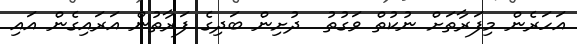
އަހަރެން މިފަރާތަށް ނުކުތް ވަގުތު  ދުށިން ބަދިގެ ފަރާތުން އަރައިގެން އައި